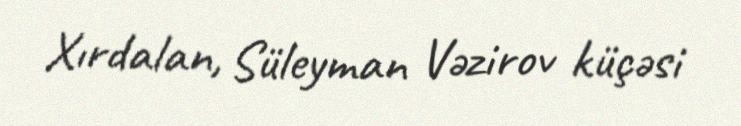
Xırdalan, Süleyman Vəzirov küçəsi